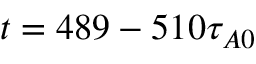
t = 4 8 9 - 5 1 0 \tau _ { A 0 }